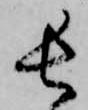
長